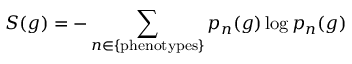
S ( g ) = - \sum _ { n \in \mathrm { \{ p h e n o t y p e s \} } } p _ { n } ( g ) \log p _ { n } ( g )